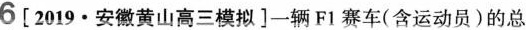
6[2019·安徽黄山高三模拟]一辆F1赛车(含运动员)的总